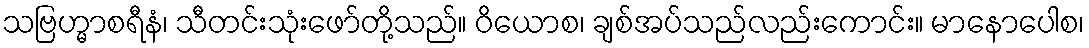
သဗြဟ္မာစရီနံ၊ သီတင်းသုံးဖော်တို့သည်။ ဝိယောစ၊ ချစ်အပ်သည်လည်းကောင်း။ မာနောပေါစ၊